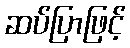
ဆပ်ပြာဖြင့်